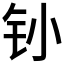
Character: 𰽛